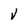
Character: V